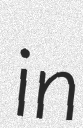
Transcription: in